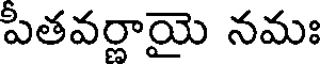
పతవర్దాయై నమః